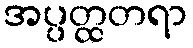
အပ္ပတ္ထတရာ